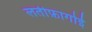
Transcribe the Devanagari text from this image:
लतीफ़ागोई